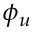
\phi _ { u }